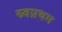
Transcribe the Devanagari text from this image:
स्र्वप्रथम